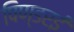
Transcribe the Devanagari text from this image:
पिण्डरई